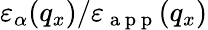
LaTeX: {{\varepsilon}_{\alpha}}({{q}_{x}})/{{\varepsilon}_{\mathrm{~a~p~p~}}}({{q}_{x}})